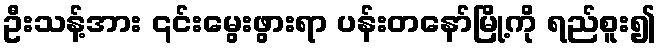
ဦးသန့်အား ၎င်းမွေးဖွားရာ ပန်းတနော်မြို့ကို ရည်စူး၍